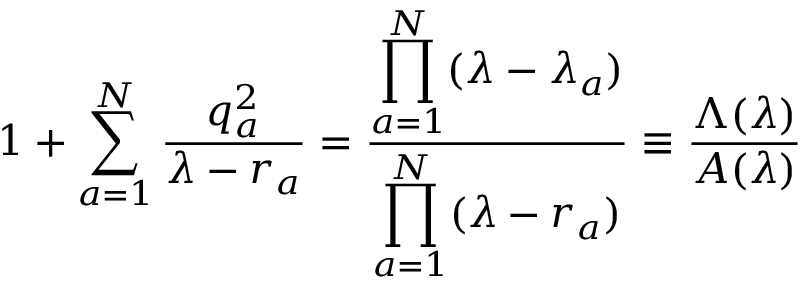
1 + \sum _ { a = 1 } ^ { N } \frac { q _ { a } ^ { 2 } } { \lambda - r _ { a } } = \frac { \displaystyle \prod _ { a = 1 } ^ { N } ( \lambda - \lambda _ { a } ) } { \displaystyle \prod _ { a = 1 } ^ { N } ( \lambda - r _ { a } ) } \equiv \frac { \Lambda ( \lambda ) } { A ( \lambda ) }